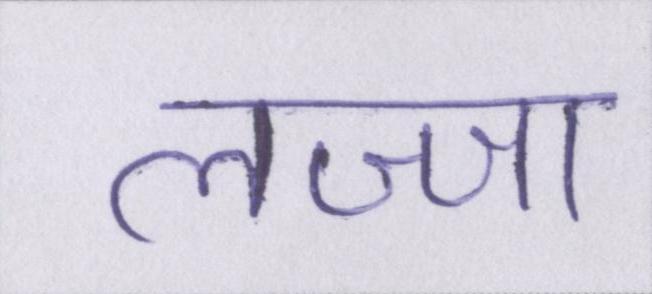
लज्जा